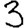
Digit: 3